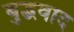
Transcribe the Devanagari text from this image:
बुद्धवाद